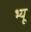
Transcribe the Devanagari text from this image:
भ्यू